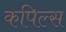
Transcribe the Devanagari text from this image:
कपिल्स